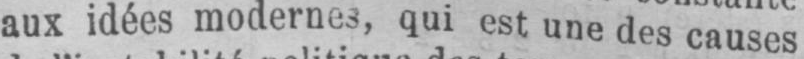
aux idées modernes, qui est une des causes